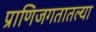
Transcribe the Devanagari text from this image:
प्राणिजगतातल्या